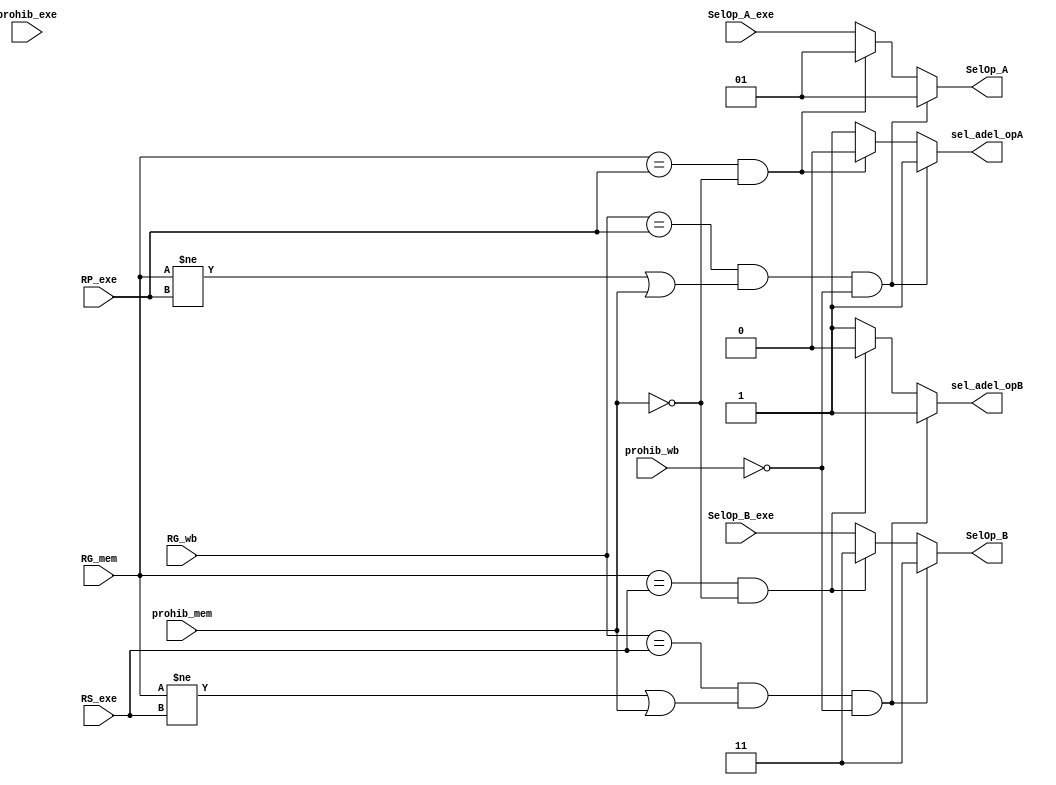
module Unidad_de_Adelantamiento(

	input [1:0]SelOp_A_exe,
	input [1:0]SelOp_B_exe,
	input [3:0]RG_mem,
	input [3:0]RG_wb,
	input prohib_exe,
	input prohib_wb,
	input prohib_mem,
	input [3:0]RS_exe,
	input [3:0]RP_exe,
	
	output wire sel_adel_opA,
	output wire sel_adel_opB,
	output wire [1:0]SelOp_A,
	output wire [1:0]SelOp_B
	
);

assign sel_adel_opA = 
((RG_wb == RP_exe) & (RG_mem != RP_exe | prohib_mem ) & ~prohib_wb)? 1'b1:
((RG_mem == RP_exe) & ~prohib_mem)? 											1'b0:
																							1'b1;
assign SelOp_A =
((RG_wb == RP_exe) & (RG_mem != RP_exe | prohib_mem ) & ~prohib_wb)? 2'b01:
((RG_mem == RP_exe) & ~prohib_mem)? 											2'b01:
																							SelOp_A_exe;

																							
assign sel_adel_opB =
((RG_wb == RS_exe) & (RG_mem != RS_exe | prohib_mem ) & ~prohib_wb)? 1'b1:
((RG_mem == RS_exe) & ~prohib_mem)?												1'b0:
																							1'b1;

assign SelOp_B =
((RG_wb == RS_exe) & (RG_mem != RS_exe | prohib_mem ) & ~prohib_wb)? 2'b11:
((RG_mem == RS_exe) & ~prohib_mem)?												2'b11:
																							SelOp_B_exe;
			
/*
always @(*)
begin
	//Rp
	if ((RG_wb == RP_exe) & (RG_mem != RP_exe | prohib_mem ) & ~prohib_wb)
		begin
			sel_adel_opA = 1'b1;
			SelOp_A = 2'b01;
		end
	else if((RG_mem == RP_exe) & ~prohib_mem)
		begin
			sel_adel_opA = 1'b0;
			SelOp_A = 2'b01;
		end
	else
		begin
			sel_adel_opA = 1'b1; //no importa
			SelOp_A = SelOp_A_exe;
		end
end

always @(*)
begin
	//RS
	if ((RG_wb == RS_exe) & (RG_mem != RS_exe | prohib_mem ) & ~prohib_wb)
		begin
			sel_adel_opB = 1'b1;
			SelOp_B = 2'b11;
		end
	else if((RG_mem == RS_exe) & ~prohib_mem)
		begin
			sel_adel_opB = 1'b0;
			SelOp_B = 2'b11;
		end
	else
		begin
			sel_adel_opB = 1'b1; //no importa
			SelOp_B = SelOp_B_exe;
		end
end*/
	



endmodule